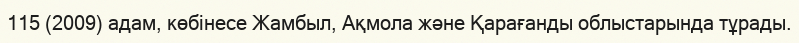
115 (2009) адам, көбінесе Жамбыл, Ақмола және Қарағанды облыстарында тұрады.